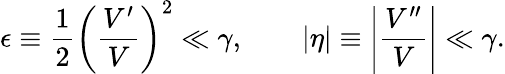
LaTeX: \epsilon\equiv\frac{1}{2}\left(\frac{V^{\prime}}{V}\right)^{2}\ll\gamma,\qquad|\eta|\equiv\left|\frac{V^{\prime\prime}}{V}\right|\ll\gamma.